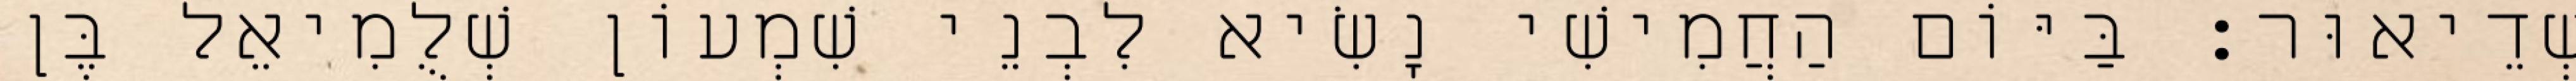
שְׁדֵיאוּר׃ בַּיּוֹם הַחֲמִישִׁי נָשִׂיא לִבְנֵי שִׁמְעוֹן שְׁלֻמִיאֵל בֶּן